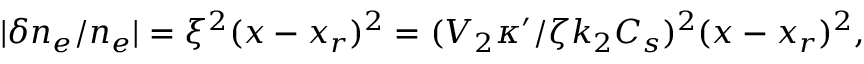
| \delta n _ { e } / n _ { e } | = \xi ^ { 2 } ( x - x _ { r } ) ^ { 2 } = ( V _ { 2 } \kappa ^ { \prime } / \zeta k _ { 2 } C _ { s } ) ^ { 2 } ( x - x _ { r } ) ^ { 2 } ,